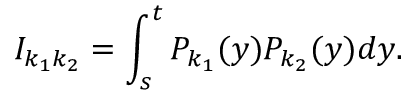
I _ { k _ { 1 } k _ { 2 } } = \int _ { s } ^ { t } P _ { k _ { 1 } } ( y ) P _ { k _ { 2 } } ( y ) d y .